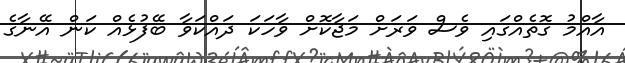
އާއްމު ގޮތެއްގައި ވެސް ވަރަށް މަޖާކޮށް ވާހަކަ ދައްކަވާ ބޭފުޅެއް ކަން އޭނާގެ